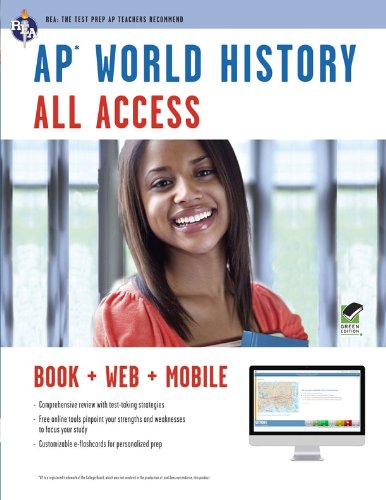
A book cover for APÂ® World History All Access Book + Online + Mobile (Advanced Placement (AP) All Access); Ms. Genevieve Brand M.A.; History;